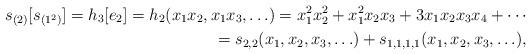
LaTeX: \begin{align*}s_{(2)}[s_{(1^2)}] = h_3[e_2] = h_2(x_1x_2,x_1x_3,\ldots)=x_1^2x_2^2 + x_1^2x_2x_3 + 3x_1x_2x_3x_4+\cdots \\= s_{2,2}(x_1,x_2,x_3,\ldots) + s_{1,1,1,1}(x_1,x_2,x_3,\ldots), \end{align*}